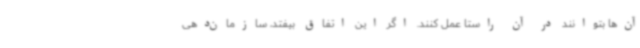
آن‌ها بتوانند در آن راستا عمل کنند. اگر این اتفاق بیفتد، سازمان‌دهی